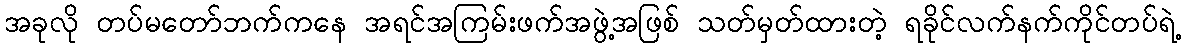
အခုလို တပ်မတော်ဘက်ကနေ အရင်အကြမ်းဖက်အဖွဲ့အဖြစ် သတ်မှတ်ထားတဲ့ ရခိုင်လက်နက်ကိုင်တပ်ရဲ့